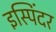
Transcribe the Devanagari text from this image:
इस्पिंदर